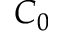
C _ { 0 }